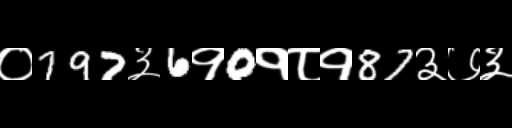
Text: ०797३6१0१८१87३७३